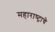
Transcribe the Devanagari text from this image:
महाराष्‍ट्राचे